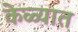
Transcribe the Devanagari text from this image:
केळ्यात